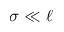
\sigma \ll \ell